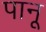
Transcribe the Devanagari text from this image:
पानू